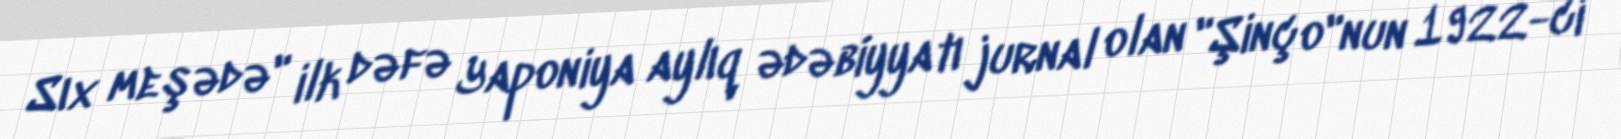
Sıx meşədə" ilk dəfə Yaponiya aylıq ədəbiyyatı jurnal olan "Şinço"nun 1922-ci